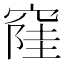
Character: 𱷎